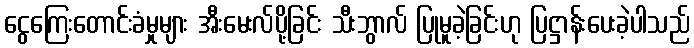
ငွေကြေးတောင်းခံမှုများ အီးမေးလ်ပို့ခြင်း သီးဘွာလ် ပြုမူခဲ့ခြင်းဟု ပြဋ္ဌာန်းပေးခဲ့ပါသည်